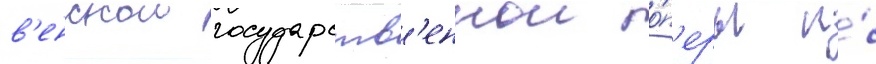
в'енскои государств'еннои о́п'еры и́